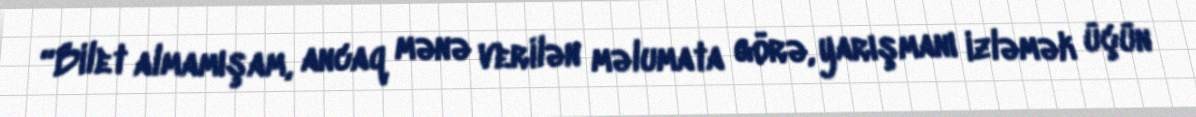
“Bilet almamışam, ancaq mənə verilən məlumata görə, yarışmanı izləmək üçün